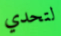
لتحدي